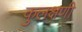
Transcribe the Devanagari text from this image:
कुलक्षणी